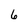
Character: 6